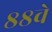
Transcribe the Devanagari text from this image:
८८वे